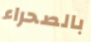
بالصحراء